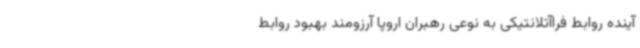
آینده روابط فراآتلانتیکی به نوعی رهبران اروپا آرزومند بهبود روابط